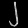
Digit: ၂